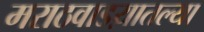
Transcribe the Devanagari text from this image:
मराठवाडय़ातल्या